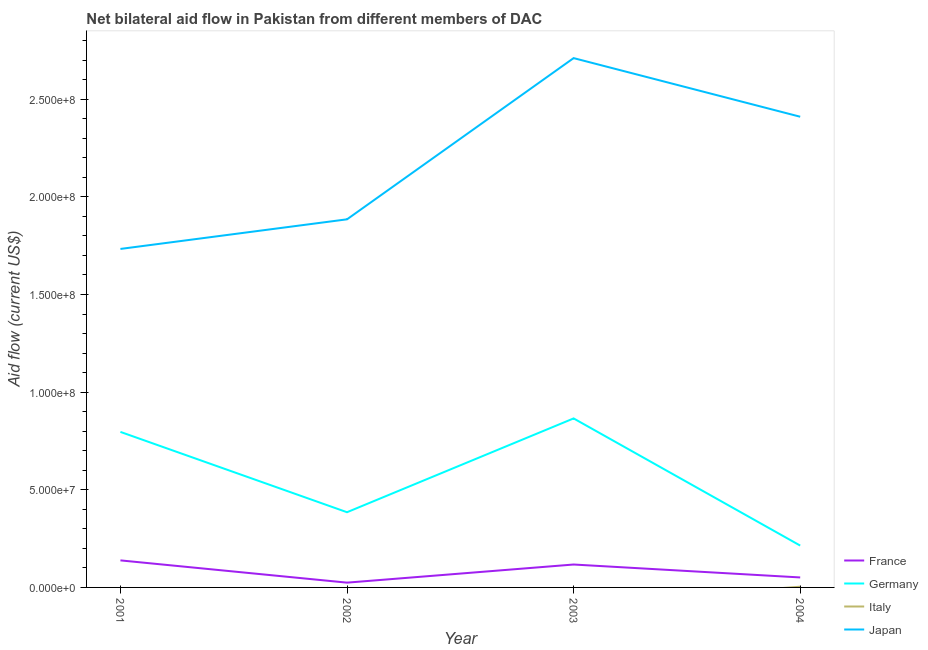
| Year | France | Germany | Italy | Japan |
 | --- | --- | --- | --- | --- |
 | 2001 | 1.38e+07 | 7.96e+07 | -4.9e+06 | 1.73e+08 |
 | 2002 | 2.45e+06 | 3.85e+07 | -6.13e+06 | 1.88e+08 |
 | 2003 | 1.17e+07 | 8.65e+07 | -8.4e+06 | 2.71e+08 |
 | 2004 | 5.11e+06 | 2.14e+07 | 3.7e+05 | 2.41e+08 |